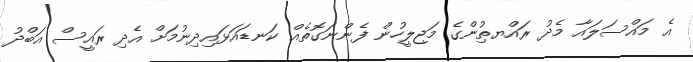
އެ މައްސަލައާ މެދު ރައްޔތިުންގެ މަޖިލީހުން ފެންނަގޮތެއް ކަނޑައަޅައިދިނުމަށް އެދި ރައީސް އަބްދު